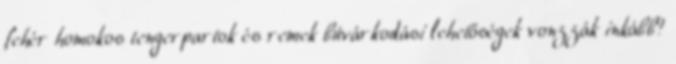
fehér homokos tengerpartok és remek búvárkodási lehetőségek vonzzák inkább?